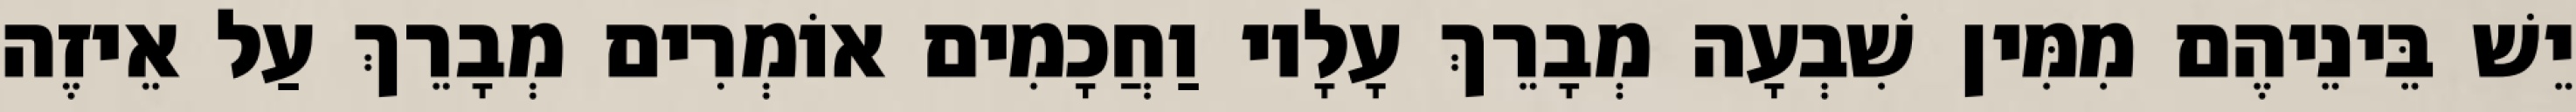
יֵשׁ בֵּינֵיהֶם מִמִּין שִׁבְעָה מְבָרֵךְ עָלָיו וַחֲכָמִים אוֹמְרִים מְבָרֵךְ עַל אֵיזֶה